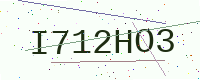
Text: I712HO3